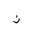
Letter: _non